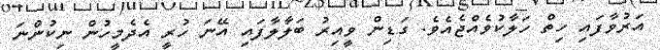
އަރުވާފައި ހިތް ހަލާކުވެއްޖެއެވެ. ގަޑިން ވީއިރު ބަލާލާފައި އޭނަ ހުރީ އެދެމީހުން ނިކުންނަ